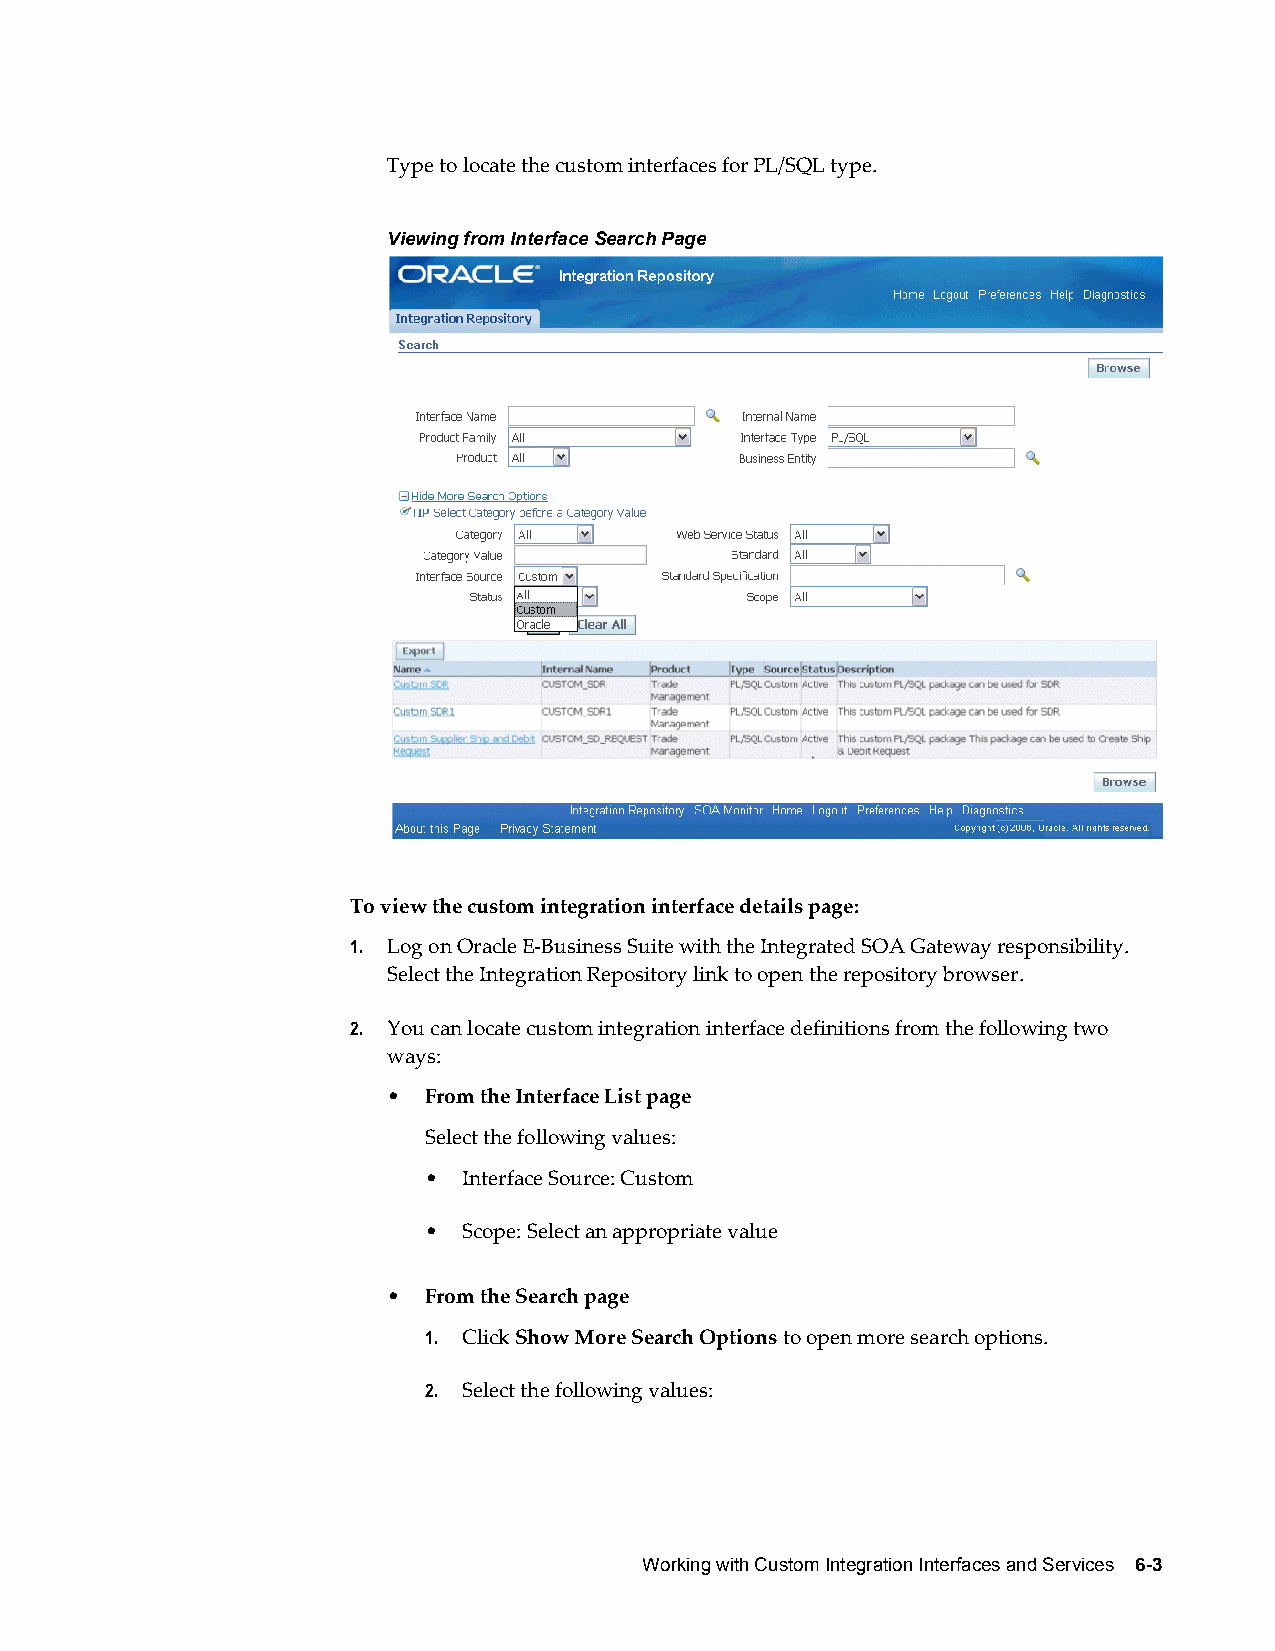
Type to locate the custom interfaces for PL/SQL type.
 Viewing from Interface Search Page
 To view the custom integration interface details page:
 1. Log on Oracle E-Business Suite with the Integrated SOA Gateway responsibility.
 Select the Integration Repository link to open the repository browser.
 2. You can locate custom integration interface definitions from the following two
 ways:
 • From the Interface List page
 Select the following values:
 •  Interface Source: Custom
 •  Scope: Select an appropriate value
 • From the Search page
 1. Click Show More Search Options to open more search options.
 2. Select the following values:
 Working with Custom Integration Interfaces and Services 6-3